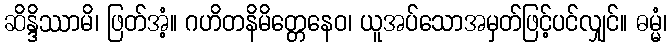
ဆိန္ဒိဿာမိ၊ ဖြတ်အံ့။ ဂဟိတနိမိတ္တေနေဝ၊ ယူအပ်သောအမှတ်ဖြင့်ပင်လျှင်။ ဓမ္မံ၊